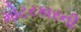
મોટરકારની